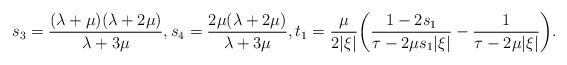
LaTeX: \begin{align*} s_3=\frac{(\lambda+\mu)(\lambda+2\mu)}{\lambda+3\mu}, s_4=\frac{2\mu(\lambda+2\mu)}{\lambda+3\mu}, t_1= \frac{\mu}{2|\xi|}\biggl(\frac{1-2s_1}{\tau-2\mu s_1|\xi|}-\frac{1}{\tau-2\mu|\xi|}\biggr).\end{align*}